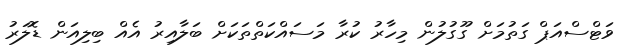
ވަޓްސްއަޕް ގަތުމަށް ގޫގުލުން މިހާރު ކުރާ މަސައްކަތްތަކަށް ބަލާއިރު އެއް ބިލިއަން ޑޮލަރު